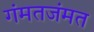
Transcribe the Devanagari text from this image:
गंमतजंमत